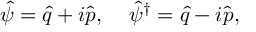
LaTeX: \hat { \psi } = \hat { q } + i \hat { p } , \; \; \; \; \hat { \psi } ^ { \dagger } = \hat { q } - i \hat { p } ,